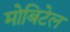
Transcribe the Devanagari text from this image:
मोबिटेल